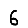
Digit: 6